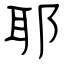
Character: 耶